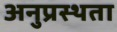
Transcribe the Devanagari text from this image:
अनुप्रस्थता